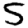
Digit: 5